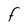
Character: F